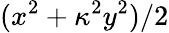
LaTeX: (x^{2}+\kappa^{2}y^{2})/2